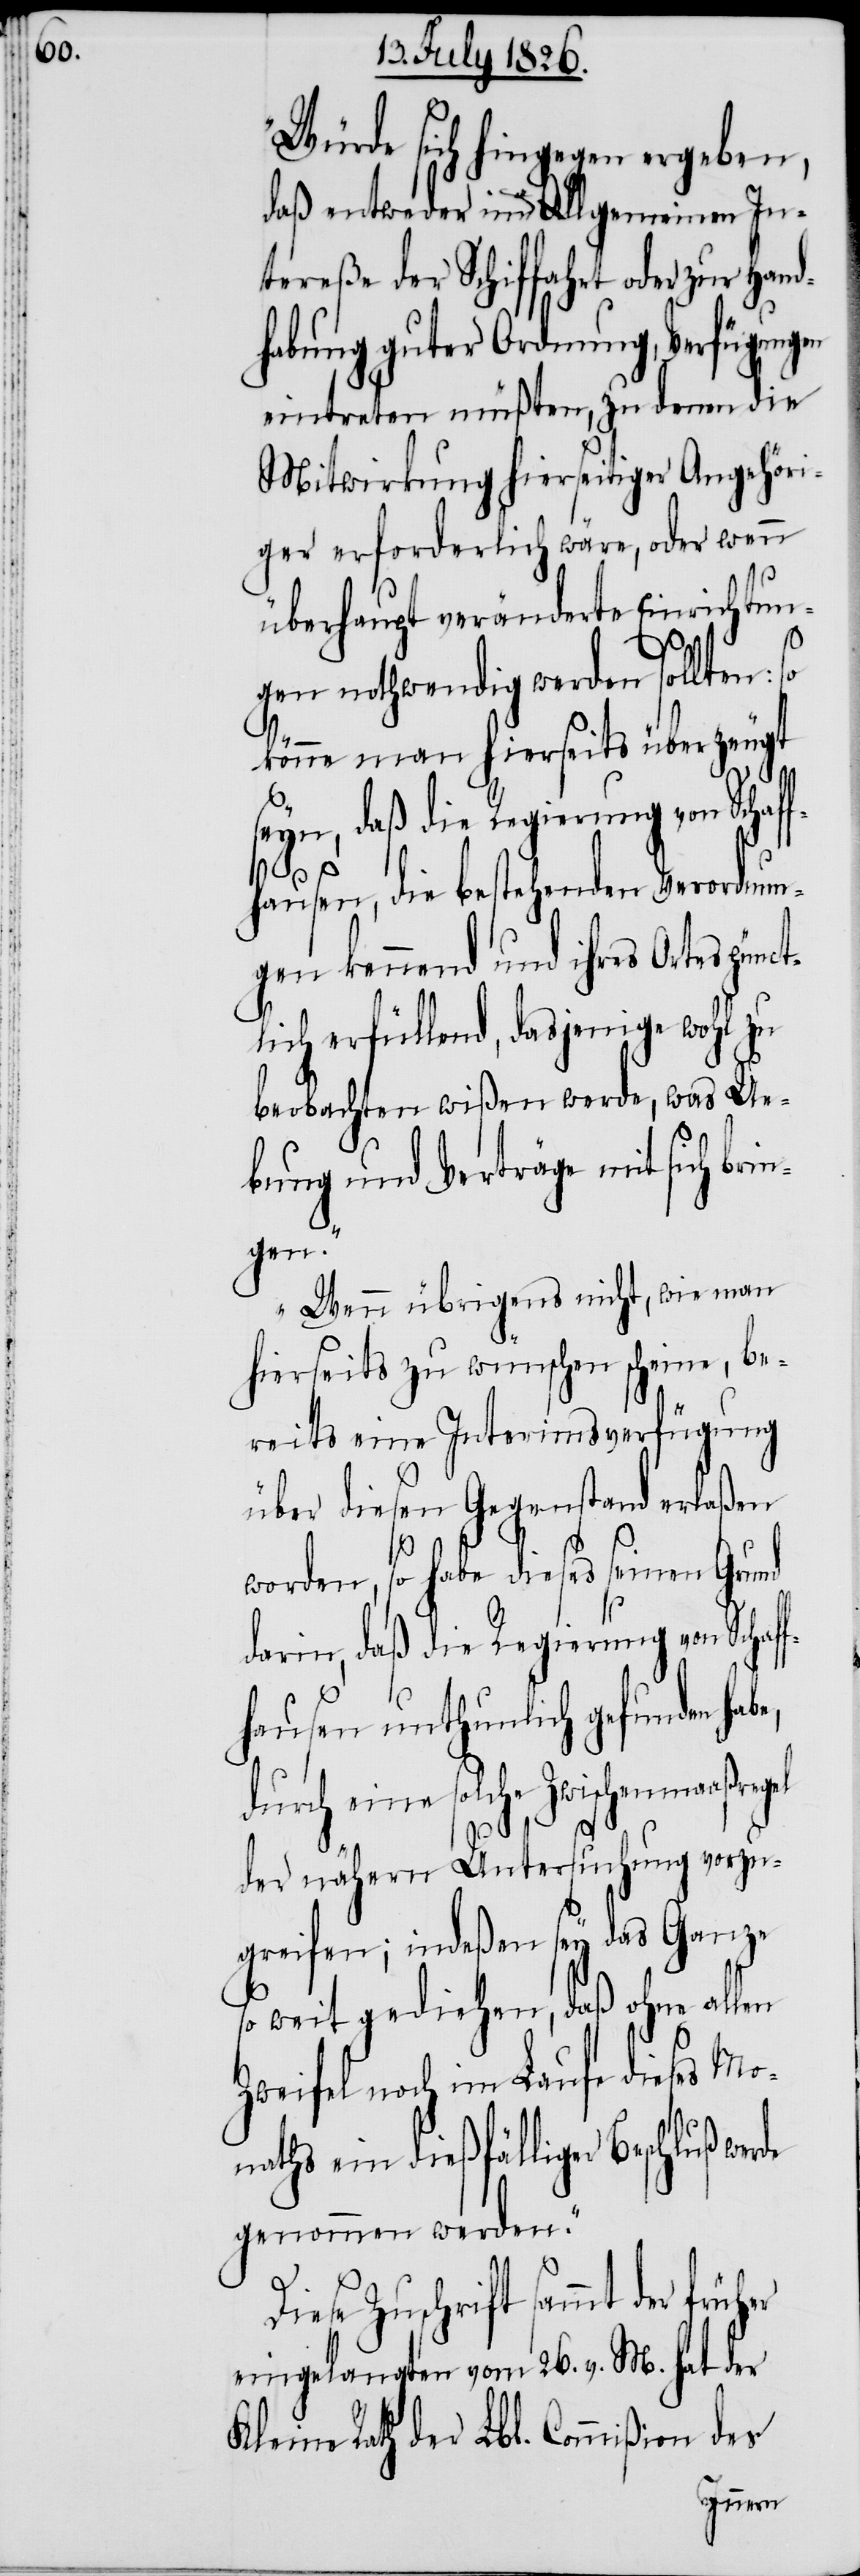
Würde sich hingegen ergeben,
das entweder im Allgemeinen In¬
treße der Schiffahrt oder zur Hand¬
habung guter Ordnung, Verfügungen
eintreten müßten, zu denen die
Mitwirkung hierseitiger Angehöri¬
ger erforderlich wäre, oder wenn
überhaupt veränderte Einrichtun¬
gen nothwendig werden sollten:
rzeugt
könne man hierseits übe¬
seyn, daß die Regierung von Schaf¬
Di¬
hausen, die bestehenden Verordnun¬
gen kennend und ihres Ortes pün¬
lich erfüllend, dasjenige wohl zu
beobachten wißen werde, was Ue¬
bung und Verträge mit sich bri¬
ngen.
Wenn übrigens nicht, wie man
hierseits zu wünschen scheine, be¬
reits eine Interimsverfügung
über diesen Gegenstand erlaßen
worden, so habe dieses seinen Grund
darin, daß die Regierung von Scha¬
hausen unthunlich gefunden hab¬
durch eine solche Zwischenmaaßregel
der nähern Untersuchung vorzu¬
greifen; indeßen sey das Ganze
so weit gediehen, daß ohne allen
Zweifel noch im Laufe dieses Mo¬
naths ein dießfälliger Beschluß we¬
genommen werden.“
ese Zuschrift sammt der früher
eingelangten vom 26. v. M. hat der
Kleine Rath der Lbl. Commißion des